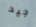
جيد